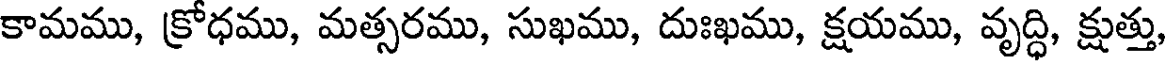
కామము, క్రోధము, మత్సరము, సుఖము, దుఃఖము, క్షయము, వృద్ధి, క్షుత్తు,